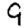
Digit: 9